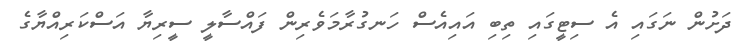
ދަށުން ނަގައި އެ ސިޓީގައި ތިބި އައިއެސް ހަނގުރާމަވެރިން ފައްސާލީ ސީރިޔާ އަސްކަރިއްޔާގެ